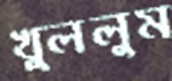
খুললুম